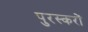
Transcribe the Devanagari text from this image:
पुरस्करों